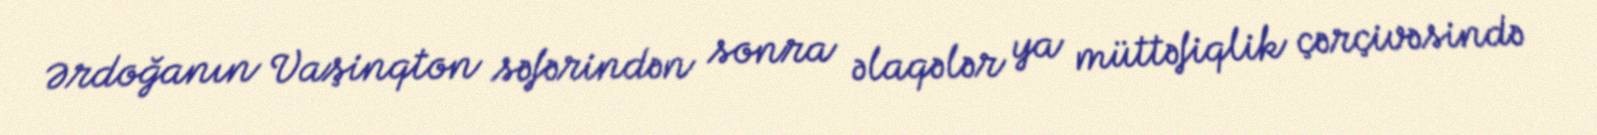
Ərdoğanın Vaşinqton səfərindən sonra əlaqələr ya müttəfiqlik çərçivəsində